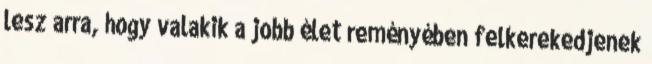
lesz arra, hogy valakik a jobb élet reményében felkerekedjenek